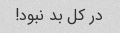
در کل بد نبود!